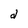
Character: d